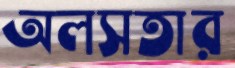
অলসতার